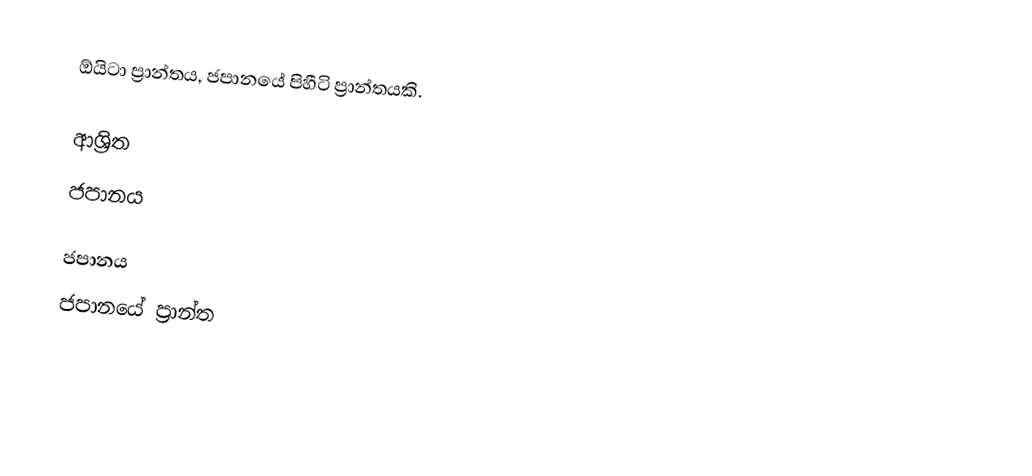
ඕයිටා ප්‍රාන්තය, ජපානයේ පිහීටි ප්‍රාන්තයකි.

ආශ්‍රිත
 ජපානය

ජපානය
ජපානයේ ප්‍රාන්ත